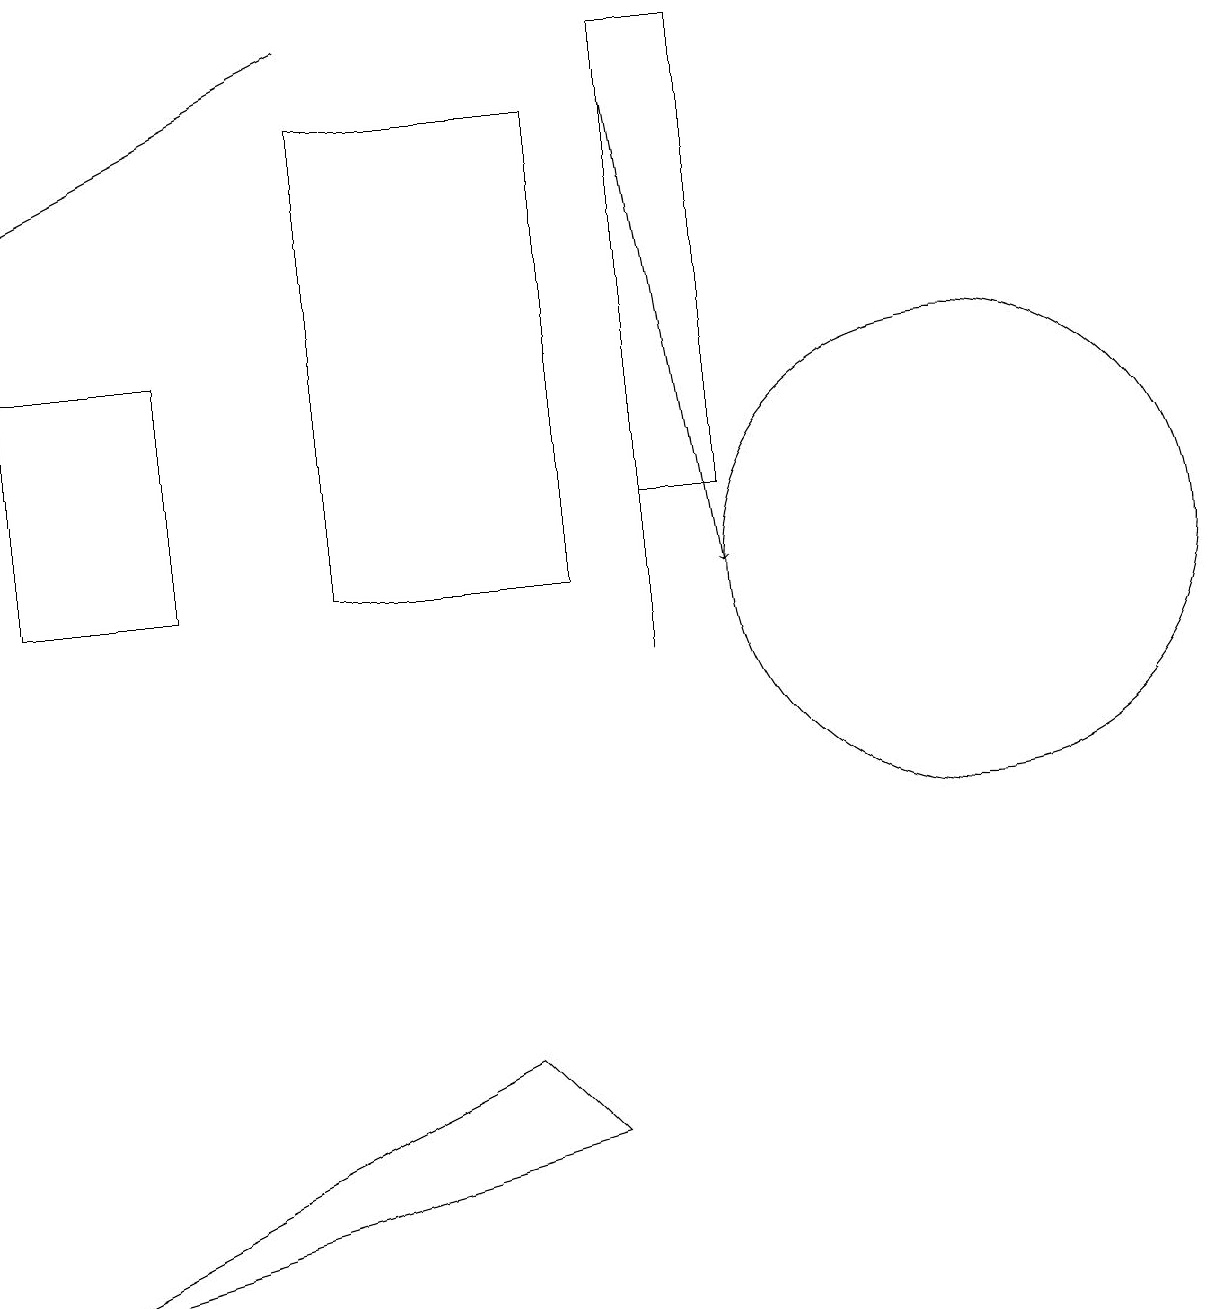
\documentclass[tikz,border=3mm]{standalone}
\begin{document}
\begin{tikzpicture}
\draw (4,17) rectangle (7,11);
\draw (6,5) -- (7,4) -- (0,2) -- cycle;
\draw (8,10) rectangle (8,18);
\draw[->] (8,17) -- (9,11);
\draw[->] (4,18) -- (0,16);
\draw (12,11) circle (3);
\draw (8,18) rectangle (9,12);
\draw (0,14) rectangle (2,11);
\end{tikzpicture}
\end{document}